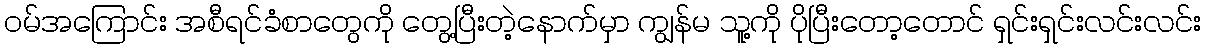
ဝမ်အကြောင်း အစီရင်ခံစာတွေကို တွေ့ပြီးတဲ့နောက်မှာ ကျွန်မ သူ့ကို ပိုပြီးတော့တောင် ရှင်းရှင်းလင်းလင်း